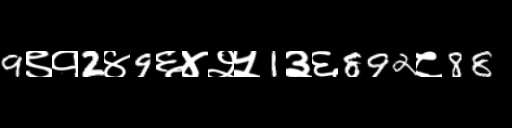
Text: 9९१2४9६४२५1३६892८88